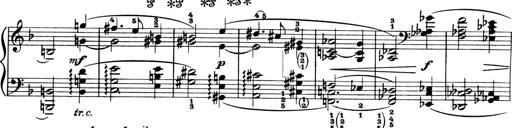
Title: 4 Sonatines
Composer: Max Reger